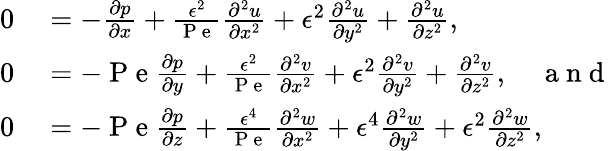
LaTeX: \begin{array}{rl}{0}&{{}=-\frac{\partial p}{\partial x}+\frac{\epsilon^{2}}{\mathrm{~P~e~}}\frac{\partial^{2}u}{\partial x^{2}}+\epsilon^{2}\frac{\partial^{2}u}{\partial y^{2}}+\frac{\partial^{2}u}{\partial z^{2}},}\\ {0}&{{}=-\mathrm{~P~e~}\frac{\partial p}{\partial y}+\frac{\epsilon^{2}}{\mathrm{~P~e~}}\frac{\partial^{2}v}{\partial x^{2}}+\epsilon^{2}\frac{\partial^{2}v}{\partial y^{2}}+\frac{\partial^{2}v}{\partial z^{2}},\quad\mathrm{~a~n~d~}}\\ {0}&{{}=-\mathrm{~P~e~}\frac{\partial p}{\partial z}+\frac{\epsilon^{4}}{\mathrm{~P~e~}}\frac{\partial^{2}w}{\partial x^{2}}+\epsilon^{4}\frac{\partial^{2}w}{\partial y^{2}}+\epsilon^{2}\frac{\partial^{2}w}{\partial z^{2}},}\end{array}